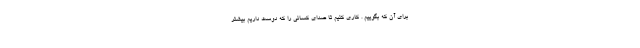
برای آن که بگوییم . کاری کنیم تا صدای کسانی را که دوست داریم بیشتر